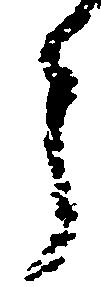
う